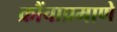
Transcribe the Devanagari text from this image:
क्रौंचाप्रमाणे